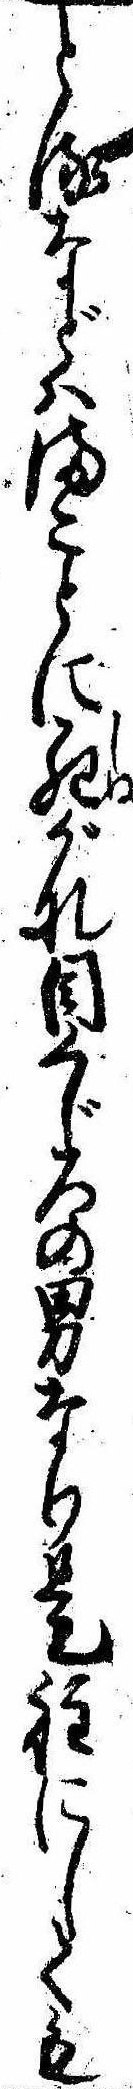
とるなどはまことに死がな目くじろの男なり是程にしても